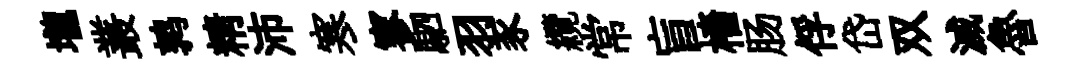
壠叢鹑精沛寒寥駟羽豕纜常盲檣肠俘岱双滅魯